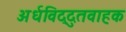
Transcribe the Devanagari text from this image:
अर्धविद्दुतवाहक